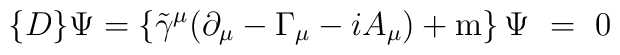
\{D\}\Psi =\left\{ {\tilde \gamma }^\mu (\partial _\mu -\Gamma_\mu -iA_\mu )+{\rm m}\right\} \Psi ~=~0